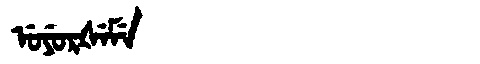
Manchu: ᡠᠶᡠᡵᡧᡝᠮᡝ
Romanization: UYURŠEME